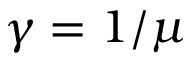
\gamma = 1 / \mu